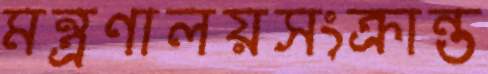
মন্ত্রণালয়সংক্রান্ত